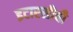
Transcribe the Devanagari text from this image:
इटारसीची